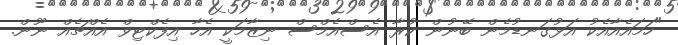
"ހަމައެއާއެކު އަޅުގަނޑުމެން ބޭނުން ކުރާ އެސްއެމްސް ނިޒާމަކީ އެހާ އިފެކްޓިވް އެއްޗެއް ނޫން.